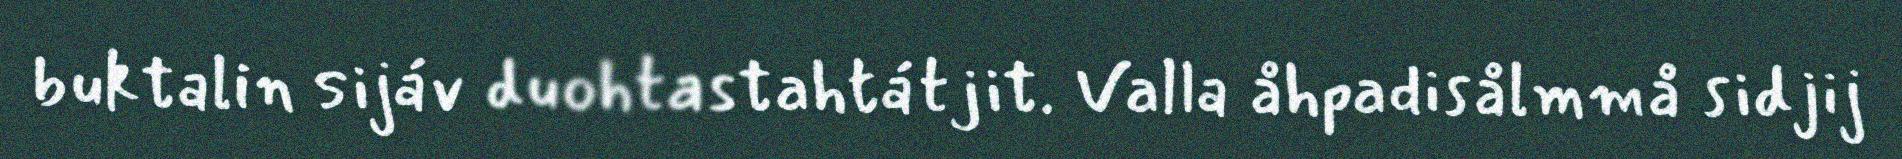
buktalin sijáv duohtastahtátjit. Valla åhpadisålmmå sidjij